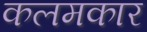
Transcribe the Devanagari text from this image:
कलमकार